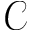
\mathcal { C }